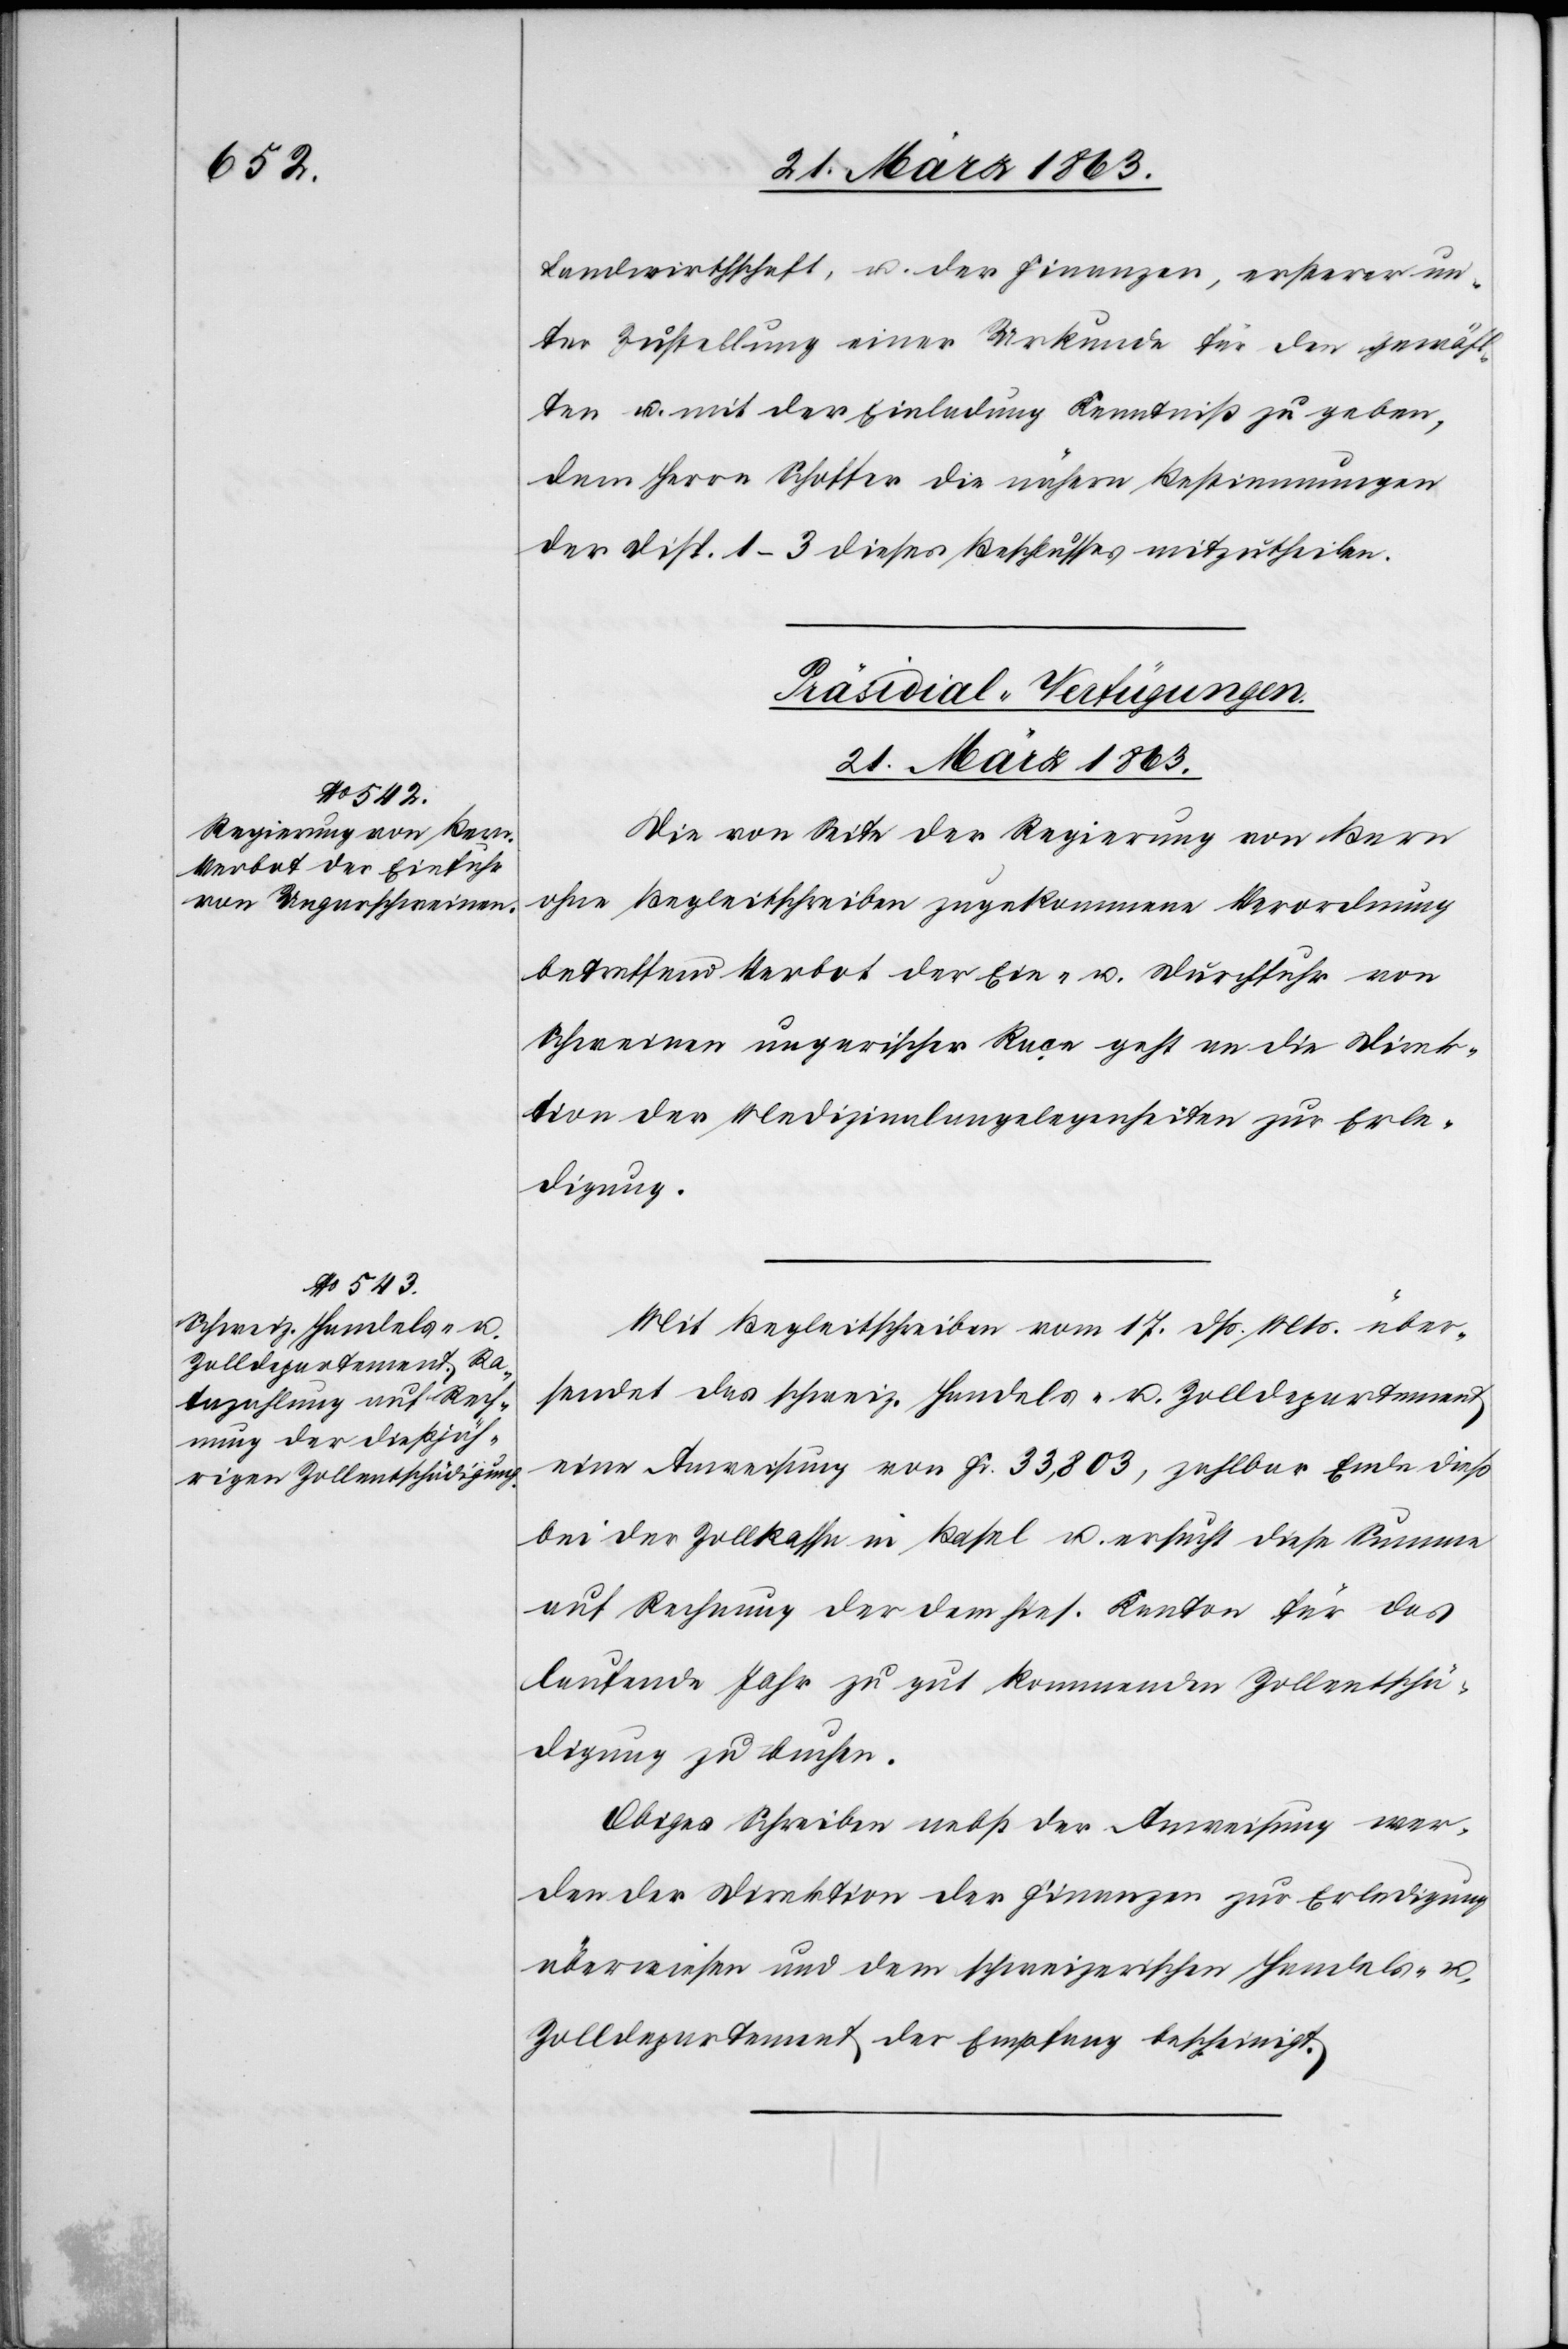
21. März 1863.]
Landwirthschaft, u. der Finanzen, ersterer un¬
ter Zustellung einer Urkunde für den gewähl¬
ten u. mit der Einladung Kenntniß zu geben,
dem Herrn Schoffer die nähern Bestimmungen
der Disp. 1–3 dieses Beschlusses mitzutheilen.
[Präsidial-Verfügungen.
Die von Seite der Regierung von Bern
ohne Begleitschreiben zugekommene Verordnung
betreffend Verbot der Ein- u. Durchfuhr von
Schweinen ungarischer Raçe geht an die Direk¬
tion der Medizinalangelegenheiten zur Erle¬
digung.
Mit Begleitschreiben vom 17. dß. Mts. über¬
sendet das schweiz. Handels- u. Zolldepartement
eine Anweisung von Fr. 33,803, zahlbar Ende dieß
bei der Zollkasse in Basel u. ersucht diese Summe
auf Rechnung der dem hies. Kanton für das
laufende Jahr zu gut kommenden Zollentschä¬
digung zu buchen.
Obiges Schreiben nebst der Anweisung wer¬
den der Direktion der Finanzen zur Erledigung
überwiesen und dem schweizerischen Handels- u.
Zolldepartement der Empfang bescheinigt.